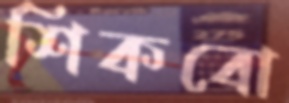
শিকবো